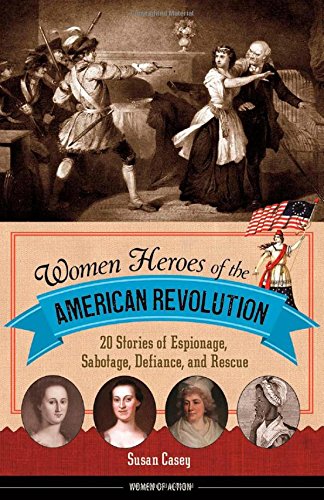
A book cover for Women Heroes of the American Revolution: 20 Stories of Espionage, Sabotage, Defiance, and Rescue (Women of Action); Susan Casey; Teen & Young Adult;